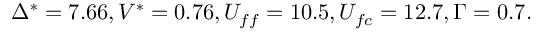
\begin{array} { r } { \Delta ^ { * } = 7 . 6 6 , V ^ { * } = 0 . 7 6 , U _ { f f } = 1 0 . 5 , U _ { f c } = 1 2 . 7 , \Gamma = 0 . 7 . } \end{array}